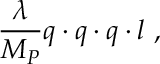
\frac { \lambda } { M _ { P } } q \cdot q \cdot q \cdot l ~ ,